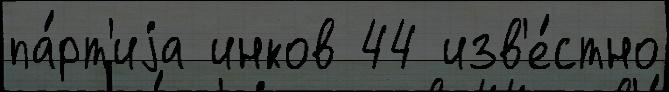
па́рт'иjа инков 44 изв'е́стно